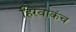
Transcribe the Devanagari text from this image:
हिरवाकंच